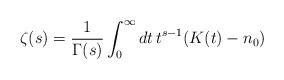
LaTeX: \begin{align*}\zeta(s)={1\over \Gamma(s)}\int_0^\infty dt\, t^{s-1}(K(t)-n_0)\end{align*}